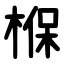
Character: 椺